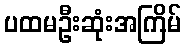
ပထမဦးဆုံးအကြိမ်